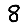
Digit: 8